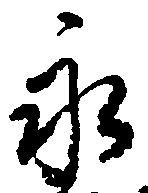
永